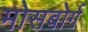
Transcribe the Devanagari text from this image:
मोसबोर्ग